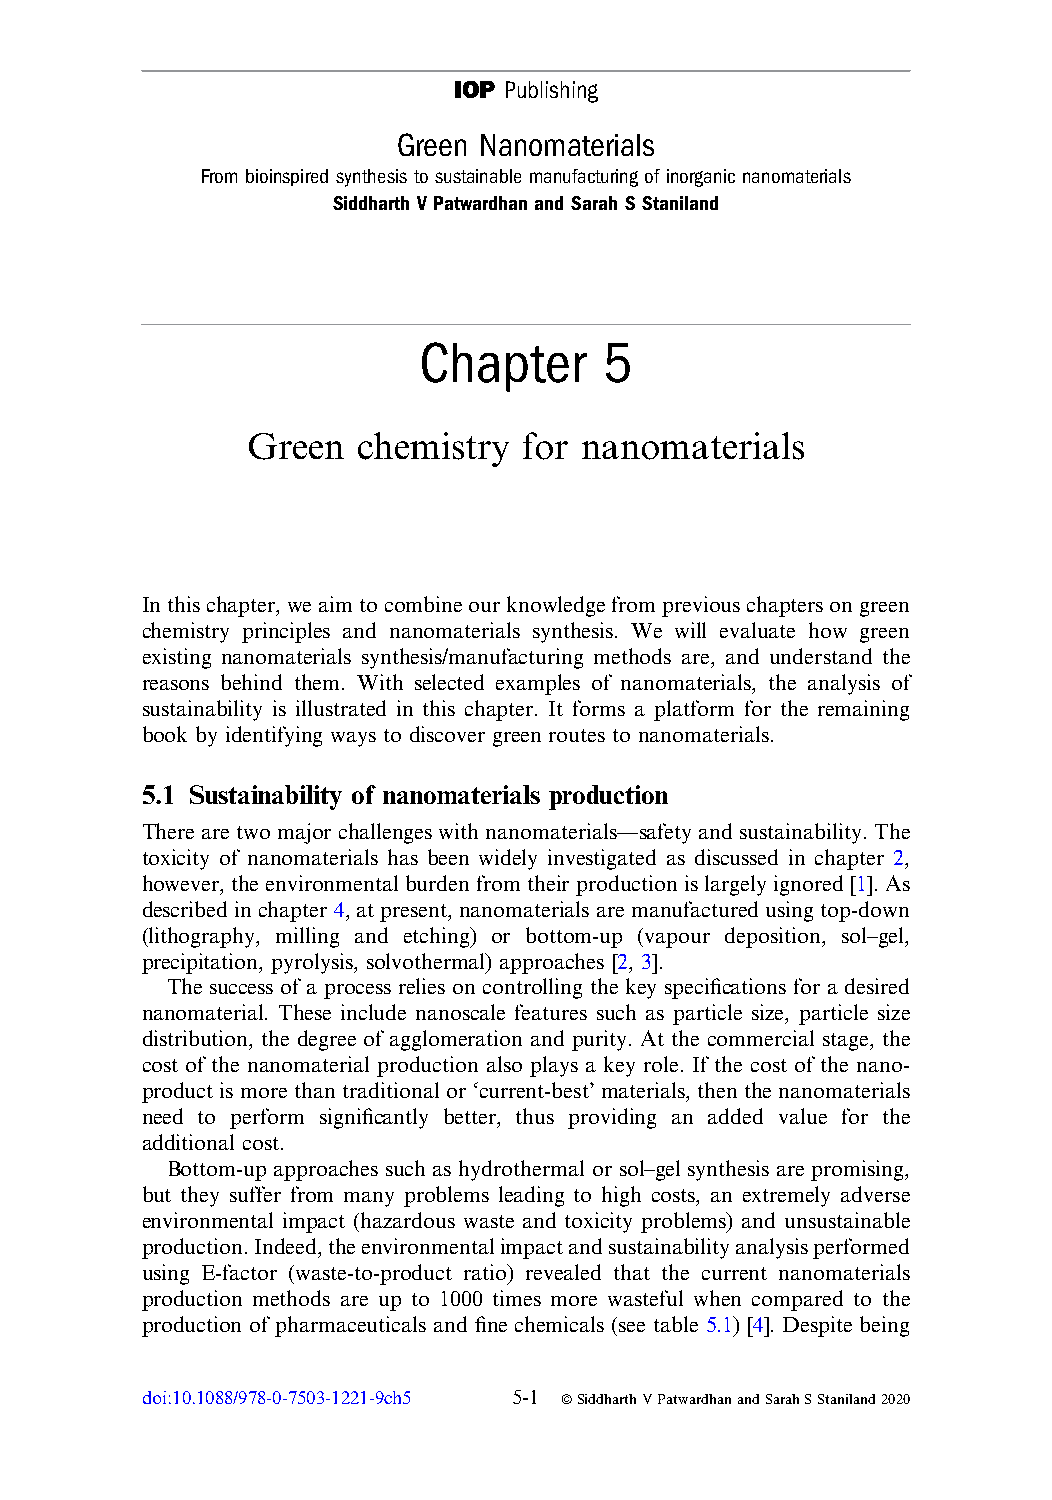
IOP Publishing
 Green Nanomaterials
 From bioinspired synthesis to sustainable manufacturing of inorganic nanomaterials
 Siddharth V Patwardhan and Sarah S Staniland
 Chapter     5
 Green   chemistry  for nanomaterials
 Inthischapter,weaimtocombineourknowledgefrompreviouschaptersongreen
 chemistry principles and nanomaterials synthesis. We will evaluate how green
 existing nanomaterials synthesis/manufacturing methods are, and understand the
 reasons behind them. With selected examples of nanomaterials, the analysis of
 sustainability is illustrated in this chapter. It forms a platform for the remaining
 book by identifying ways to discover green routes to nanomaterials.
 5.1 Sustainability of nanomaterials production
 There are two major challenges with nanomaterials—safety and sustainability. The
 toxicity of nanomaterials has been widely investigated as discussed in chapter 2,
 however, the environmental burden from their production is largely ignored [1]. As
 described in chapter 4, at present, nanomaterials are manufactured using top-down
 (lithography, milling and etching) or bottom-up (vapour deposition, sol–gel,
 precipitation, pyrolysis, solvothermal) approaches [2, 3].
 The success of a process relies on controlling the key specifications for a desired
 nanomaterial. These include nanoscale features such as particle size, particle size
 distribution, the degree of agglomeration and purity. At the commercial stage, the
 cost of the nanomaterial production also plays a key role. If the cost of the nano-
 product is more than traditional or ‘current-best’ materials, then the nanomaterials
 need to perform significantly better, thus providing an added value for the
 additional cost.
 Bottom-up approaches such as hydrothermal or sol–gel synthesis are promising,
 but they suffer from many problems leading to high costs, an extremely adverse
 environmental impact (hazardous waste and toxicity problems) and unsustainable
 production.Indeed,theenvironmentalimpactandsustainabilityanalysisperformed
 using E-factor (waste-to-product ratio) revealed that the current nanomaterials
 production methods are up to 1000 times more wasteful when compared to the
 production of pharmaceuticals and fine chemicals (see table 5.1) [4]. Despite being
 doi:10.1088/978-0-7503-1221-9ch5 5-1 ªSiddharthVPatwardhanandSarahSStaniland2020